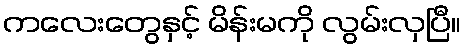
ကလေးတွေနှင့် မိန်းမကို လွမ်းလှပြီ။